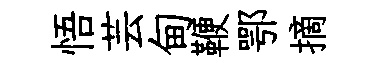
悟芸甸鞭鄂摘